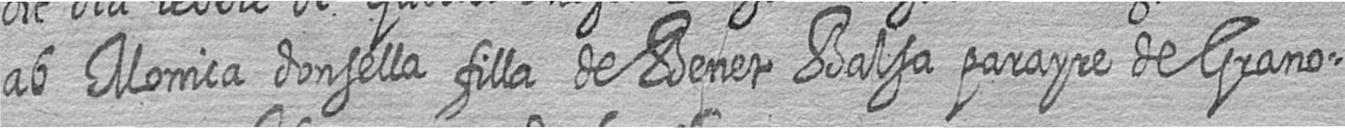
ab Monica donsella filla de Benet Balsa parayre de Grano=